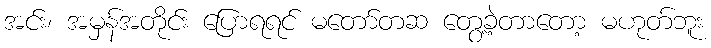
အင်း၊ အမှန်အတိုင်း ပြောရရင် မတော်တဆ တွေ့ခဲ့တာတော့ မဟုတ်ဘူး